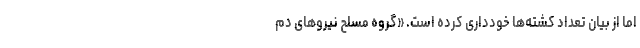
اما از بیان تعداد کشته‌ها خودداری کرده است. «گروه مسلح نیروهای دم